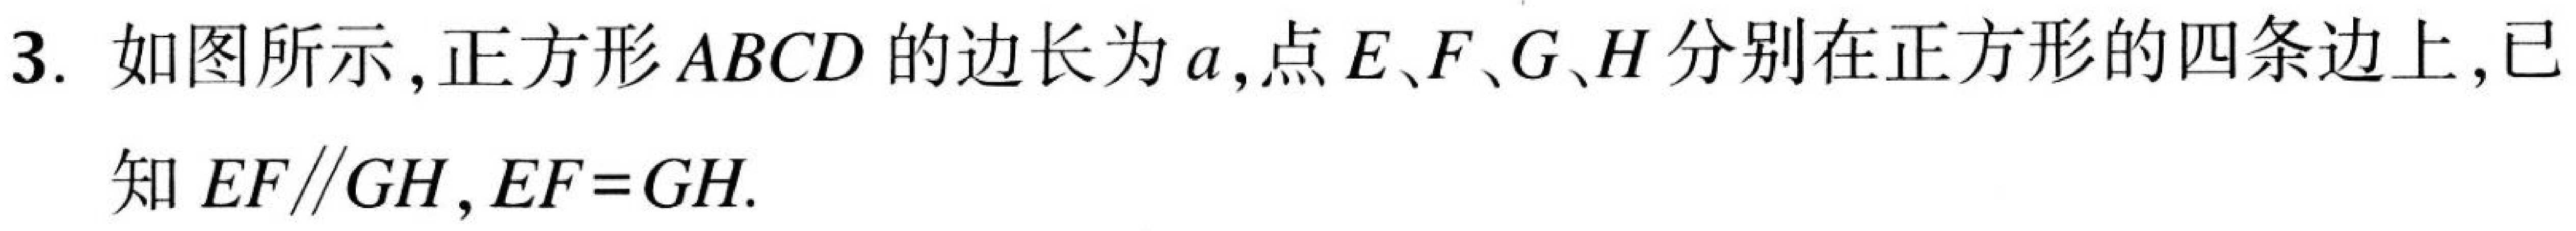
3. 如图所示，正方形\(ABCD\)的边长为\(a\)，点\(E\)、\(F\)、\(G\)、\(H\)分别在正方形的四条边上，已知\(EF\parallel GH\)，\(EF = GH\).